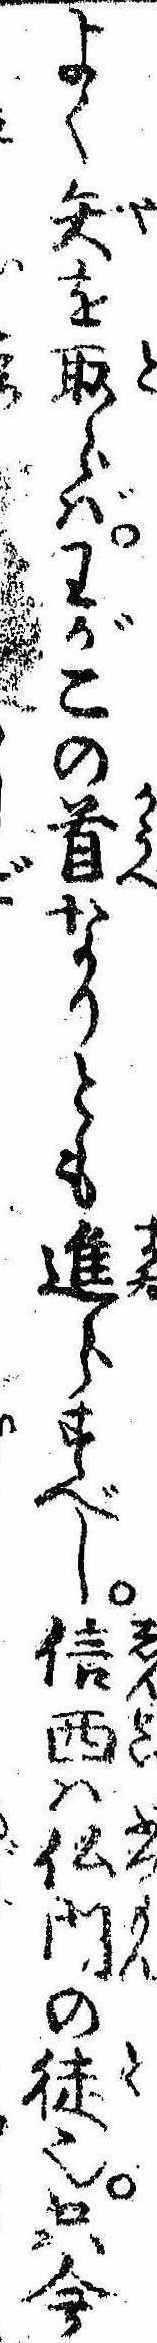
よく矢を取らばわがこの首なりとも進らすべし信西は仏門の徒也只今